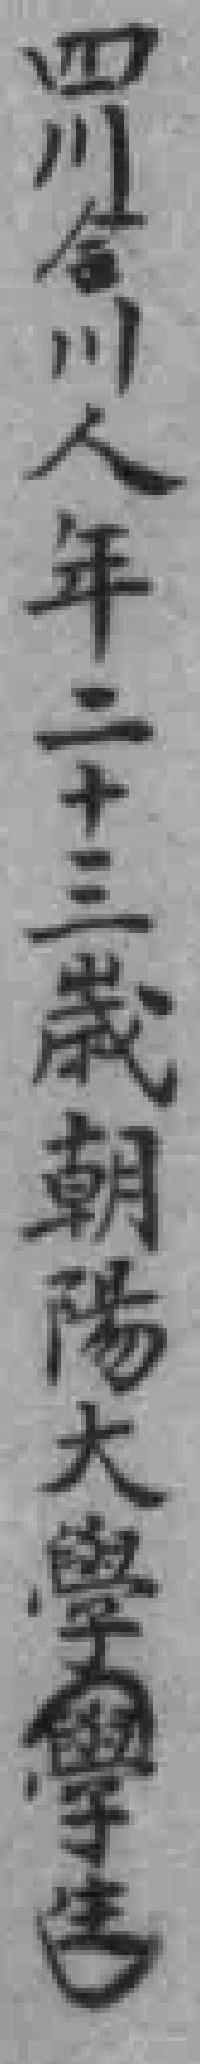
四川合川人年二十三歲朝陽大學（學生）